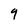
Character: 9